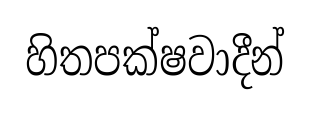
හිතපක්ෂවාදීන්